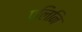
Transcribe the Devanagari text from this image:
प्लिनि